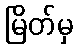
မြိတ်မှ